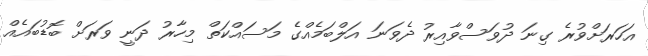
އަހަރަށްވުރެ ގިނަ ދުވަސްވާއިރު ދެވަނަ އަލްބަމެއްގެ މަސައްކަތް މިހާރު ދަނީ ވަރަށް ބޮޑުބައެއް